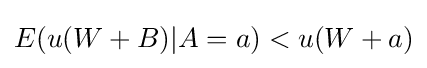
E(u(W+B)|A=a)<u(W+a)